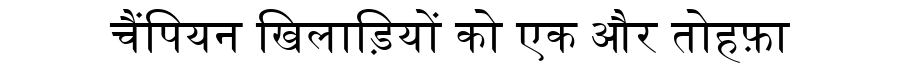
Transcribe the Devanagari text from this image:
चैंपियन खिलाड़ियों को एक और तोहफ़ा